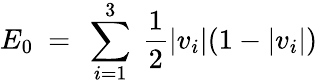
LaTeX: E_{0}\ =\ \sum_{i=1}^{3}\ {\frac{1}{2}}|v_{i}|(1-|v_{i}|)